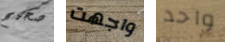
صحيح واجهت واحد